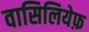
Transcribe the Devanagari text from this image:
वासिलियेफ़